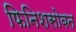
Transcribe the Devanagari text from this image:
फिनिशसोबत